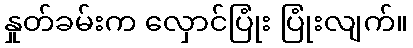
နှုတ်ခမ်းက လှောင်ပြုံး ပြုံးလျက်။